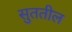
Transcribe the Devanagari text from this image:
सुततील